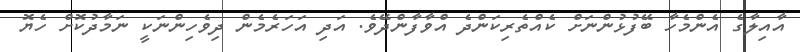
އާއިލާގެ އެންމެހާ ބޭފުޅުންނަށް ކެއްތެރިކަންދެ އްވާފާންދޭވެ. އަދި އަހަރެމެން ދިވެހިންނަކީ ނަމާދުކޮށް ހެޔޮ